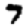
Digit: 7